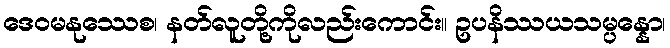
ဒေဝမနုဿေစ၊ နတ်လူတို့ကိုလည်းကောင်း။ ဥပနိဿယသမ္ပန္နော၊